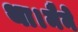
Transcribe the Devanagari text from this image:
था।मैने